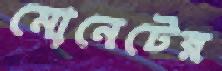
মোনেটের